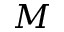
M